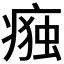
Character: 𭼛